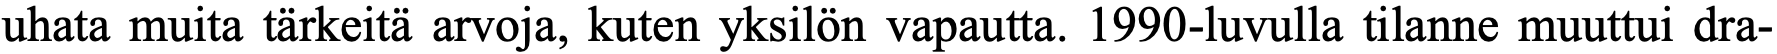
uhata muita tärkeitä arvoja, kuten yksilön vapautta. 1990-luvulla tilanne muuttui dra-